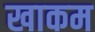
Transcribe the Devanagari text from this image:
खाकम